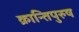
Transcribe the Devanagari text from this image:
क्रान्तिपुरुष